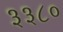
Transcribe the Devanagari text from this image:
३३८०